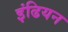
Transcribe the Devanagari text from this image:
इंढियन